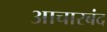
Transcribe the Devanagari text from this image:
आचारबंद